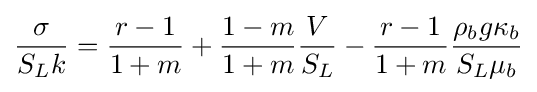
{\frac {\sigma }{S_{L}k}}={\frac {r-1}{1+m}}+{\frac {1-m}{1+m}}{\frac {V}{S_{L}}}-{\frac {r-1}{1+m}}{\frac {\rho _{b}g\kappa _{b}}{S_{L}\mu _{b}}}